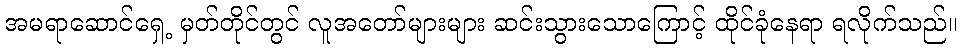
အမရာဆောင်ရှေ့ မှတ်တိုင်တွင် လူအတော်များများ ဆင်းသွားသောကြောင့် ထိုင်ခုံနေရာ ရလိုက်သည်။